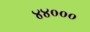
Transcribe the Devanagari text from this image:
४४०००